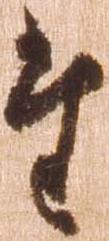
た